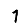
Digit: 1